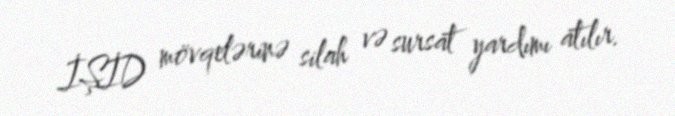
İŞİD mövqelərinə silah və sursat yardımı atılır.